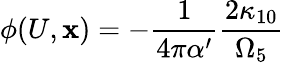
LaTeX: \phi(U,\mathbf{x})=-\frac{{1}}{{4\pi\alpha^{\prime}}}\frac{{2\kappa_{10}}}{{\Omega_{5}}}